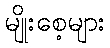
မျိုးစေ့များ